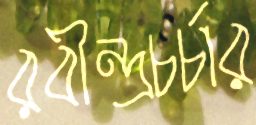
রবীন্দ্রচর্চার